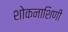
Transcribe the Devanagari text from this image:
शोकनाशिणी